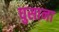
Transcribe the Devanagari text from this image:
घुसाना